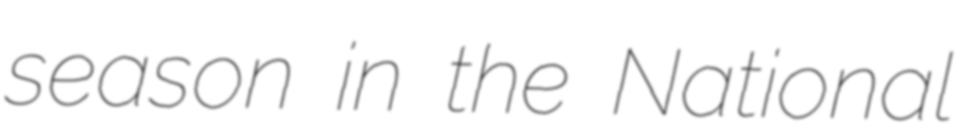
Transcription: season in the National